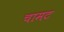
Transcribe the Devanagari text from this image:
चामट